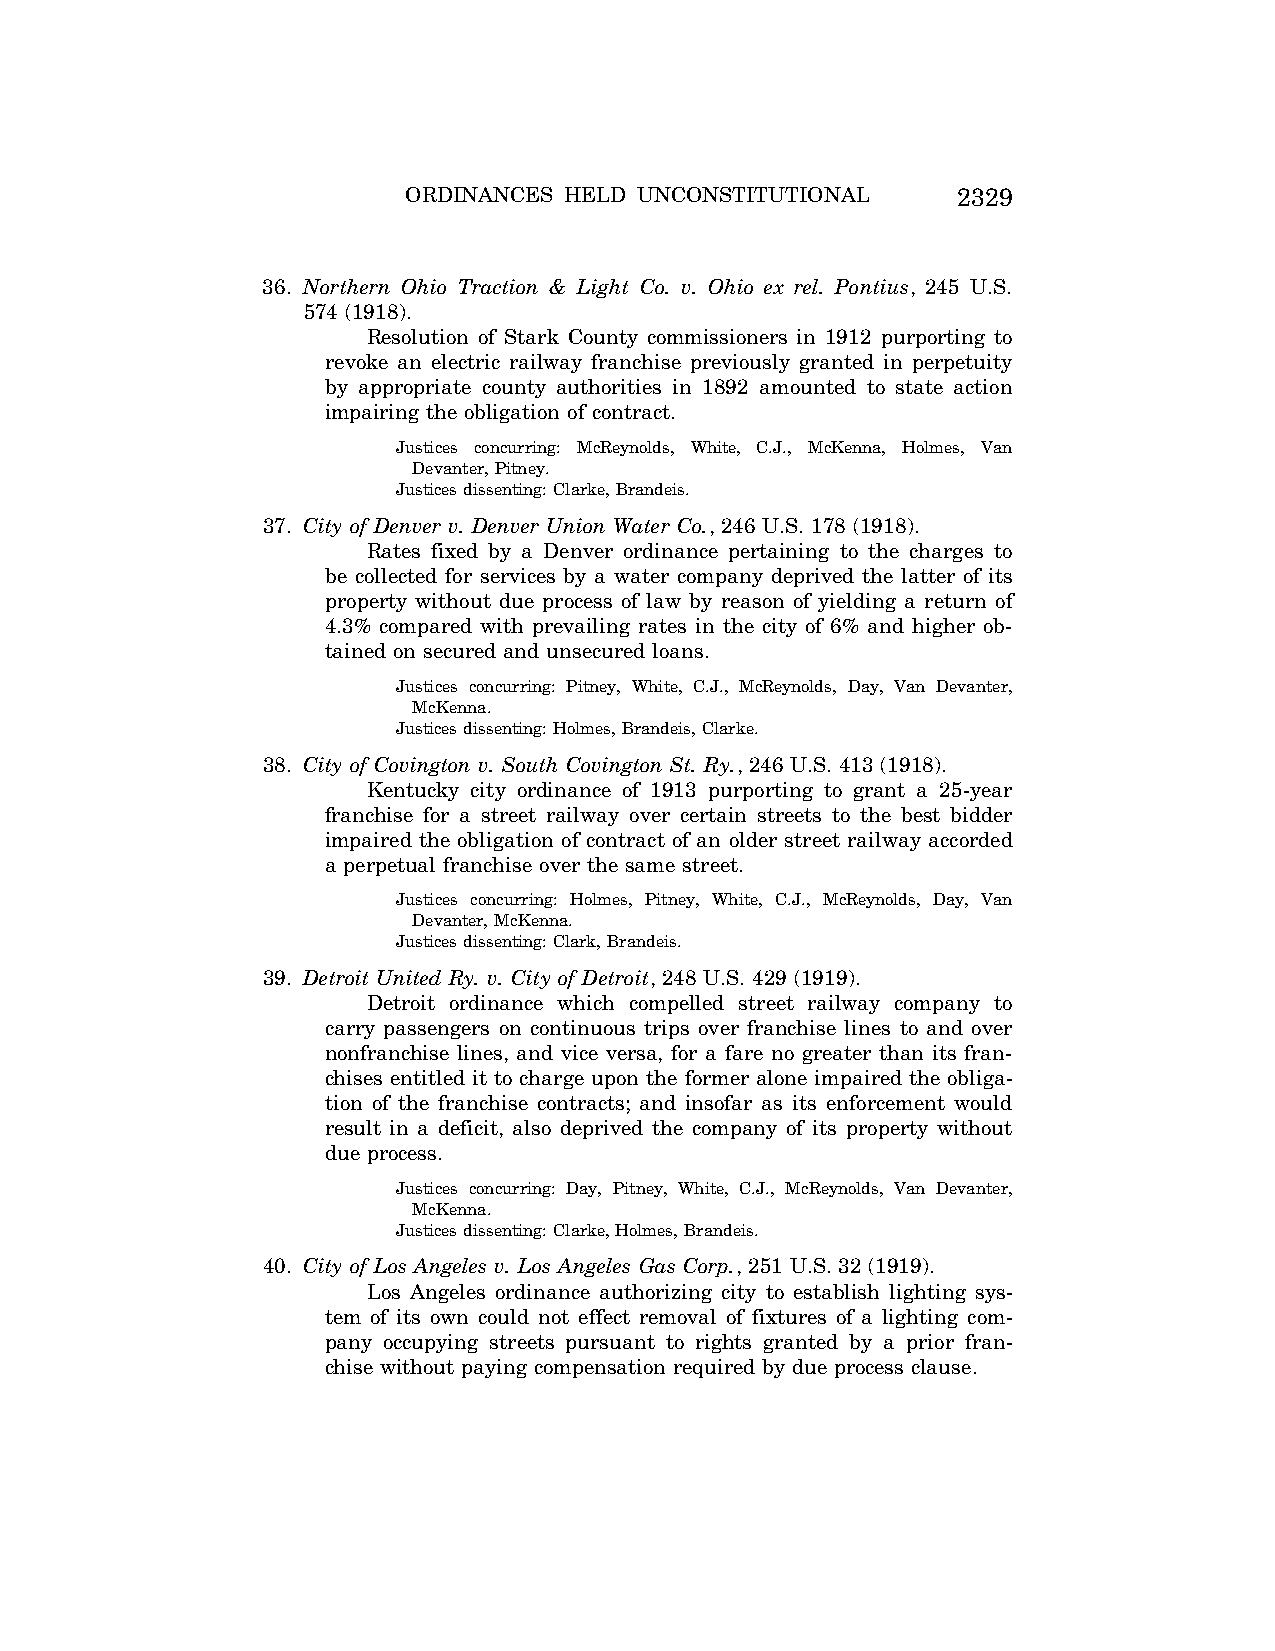
ORDINANCES HELD UNCONSTITUTIONAL    2329
 36. Northern Ohio Traction & Light Co. v. Ohio ex rel. Pontius, 245 U.S.
 574 (1918).
 Resolution of Stark County commissioners in 1912 purporting to
 revoke an electric railway franchise previously granted in perpetuity
 by appropriate county authorities in 1892 amounted to state action
 impairing the obligation of contract.
 Justices concurring: McReynolds, White, C.J., McKenna, Holmes, Van
 Devanter, Pitney.
 Justices dissenting: Clarke, Brandeis.
 37. City of Denver v. Denver Union Water Co., 246 U.S. 178 (1918).
 Rates fixed by a Denver ordinance pertaining to the charges to
 be collected for services by a water company deprived the latter of its
 property without due process of law by reason of yielding a return of
 4.3% compared with prevailing rates in the city of 6% and higher ob-
 tained on secured and unsecured loans.
 Justices concurring: Pitney, White, C.J., McReynolds, Day, Van Devanter,
 McKenna.
 Justices dissenting: Holmes, Brandeis, Clarke.
 38. City of Covington v. South Covington St. Ry., 246 U.S. 413 (1918).
 Kentucky city ordinance of 1913 purporting to grant a 25-year
 franchise for a street railway over certain streets to the best bidder
 impaired the obligation of contract of an older street railway accorded
 a perpetual franchise over the same street.
 Justices concurring: Holmes, Pitney, White, C.J., McReynolds, Day, Van
 Devanter, McKenna.
 Justices dissenting: Clark, Brandeis.
 39. Detroit United Ry. v. City of Detroit, 248 U.S. 429 (1919).
 Detroit ordinance which compelled street railway company to
 carry passengers on continuous trips over franchise lines to and over
 nonfranchise lines, and vice versa, for a fare no greater than its fran-
 chises entitled it to charge upon the former alone impaired the obliga-
 tion of the franchise contracts; and insofar as its enforcement would
 result in a deficit, also deprived the company of its property without
 due process.
 Justices concurring: Day, Pitney, White, C.J., McReynolds, Van Devanter,
 McKenna.
 Justices dissenting: Clarke, Holmes, Brandeis.
 40. City of Los Angeles v. Los Angeles Gas Corp., 251 U.S. 32 (1919).
 Los Angeles ordinance authorizing city to establish lighting sys-
 tem of its own could not effect removal of fixtures of a lighting com-
 pany occupying streets pursuant to rights granted by a prior fran-
 chise without paying compensation required by due process clause.
 VerDate Aug<04>2004 12:58 Aug 23, 2004 Jkt 077500 PO 00000 Frm 00006 Fmt 8222 Sfmt 8222 C:\CONAN\CON065.SGM PRFM99 PsN: CON065